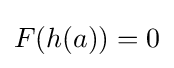
F(h(a))=0